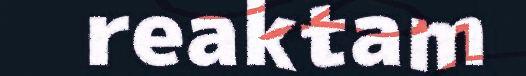
reaktam